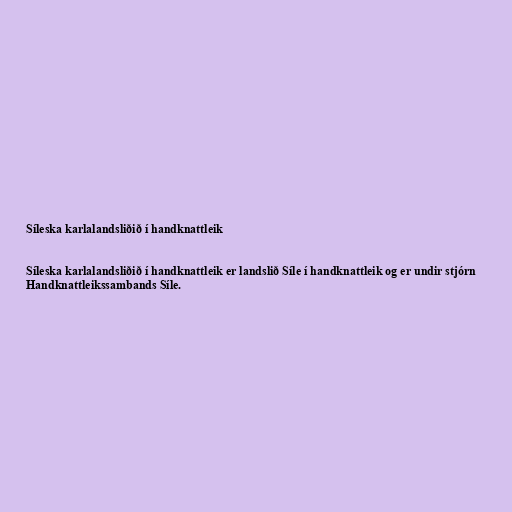
Síleska karlalandsliðið í handknattleik

Síleska karlalandsliðið í handknattleik er landslið Síle í handknattleik og er undir stjórn
Handknattleikssambands Síle.